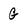
Character: G